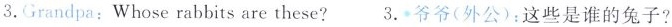
3.Grandpa:Whose rabbits are these? 3.爷爷(外公):这些是谁的兔子?